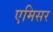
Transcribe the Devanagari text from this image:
एमिसर